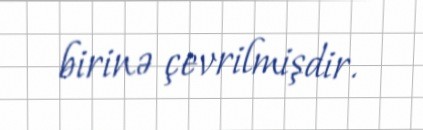
birinə çevrilmişdir.